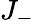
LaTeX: J_{-}